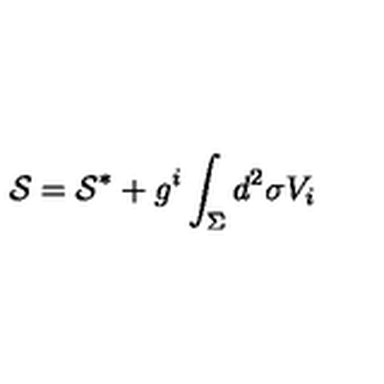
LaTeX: { \cal S } = { \cal S } ^ { * } + g ^ { i } \int _ { \Sigma } d ^ { 2 } \sigma V _ { i }